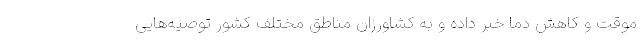
موقت و کاهش دما خبر داده و به کشاورزان مناطق مختلف کشور توصیه‌هایی